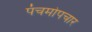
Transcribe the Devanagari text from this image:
पंचमोपचार